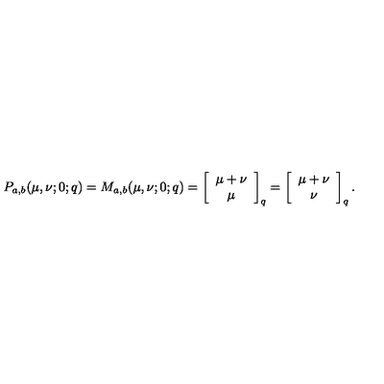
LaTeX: P _ { a , b } ( \mu , \nu ; 0 ; q ) = M _ { a , b } ( \mu , \nu ; 0 ; q ) = \left[ \begin{array} { c } { \mu + \nu } \\ { \mu } \\ \end{array} \right] _ { q } = \left[ \begin{array} { c } { \mu + \nu } \\ { \nu } \\ \end{array} \right] _ { q } .